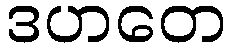
ဒဟတေ